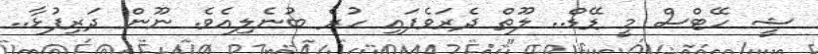
ޝީ ހޭޓްސް މީ ޑޭޑް.. ލޫތް ދެރަވެފައި ހުރެ ބުނެލިއެވެ. ނޫން ދަރިފުޅާ..